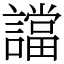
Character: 譡